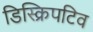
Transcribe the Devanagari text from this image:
डिस्क्रिपटिव